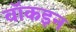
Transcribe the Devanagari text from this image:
वॉकइन